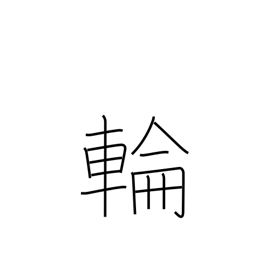
Meaning: circle